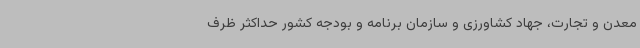
معدن و تجارت، جهاد کشاورزی و سازمان برنامه و بودجه کشور حداکثر ظرف